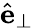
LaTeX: \hat{\mathbf{e}}_{\perp}